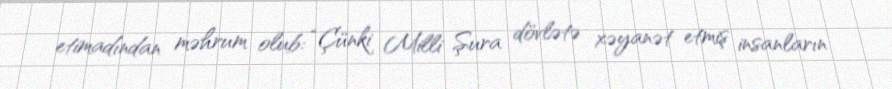
etimadından məhrum olub: “Çünki Milli Şura dövlətə xəyanət etmiş insanların